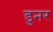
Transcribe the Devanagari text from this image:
डुनर